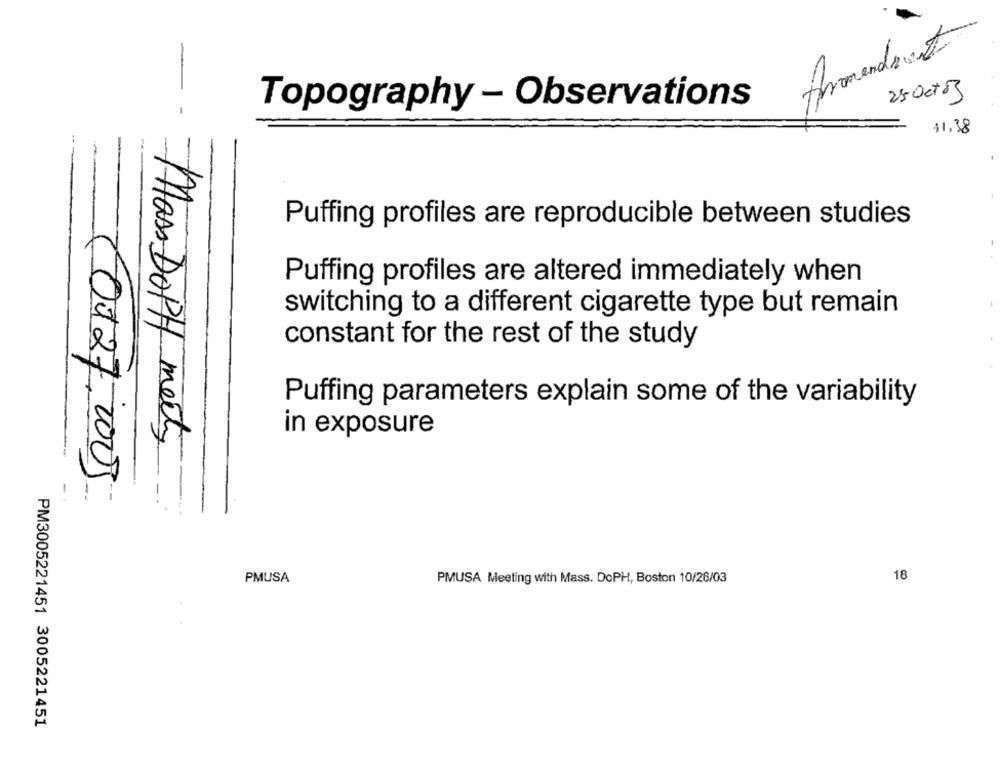
25 Oct 3
Topography - Observations
- -
41.38
Puffing profiles are reproducible between studies
Puffing profiles are altered immediately when
switching to a different cigarette type but remain
constant for the rest of the study
Puffing parameters explain some of the variability
in exposure
Mass DOPH meety
10.1.27, 2003
i
18
PMUSA
PMUSA Meeting with Mass. DoPH, Boston 10/26/03
PM3005221451 3005221451